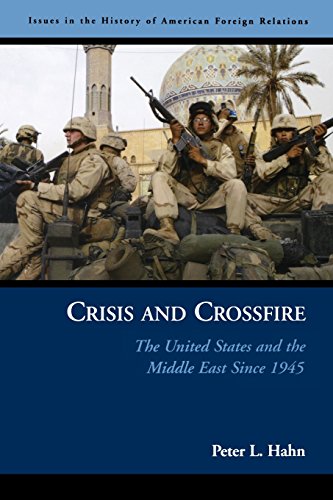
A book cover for Crisis and Crossfire: The United States and the Middle East Since 1945 (Issues in the History of American Foreign Relations); Peter L Hahn; History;